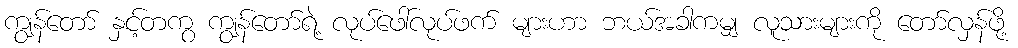
ကျွန်တော် နှင့်တကွ ကျွန်တော်ရဲ့ လုပ်ဖေါ်လုပ်ဖက် များဟာ ဘယ်အခါကမျှ လူသားများကို တော်လှန်ဖို့